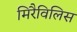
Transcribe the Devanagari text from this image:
मिरैविलिस